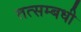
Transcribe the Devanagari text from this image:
तत्सम्बधी